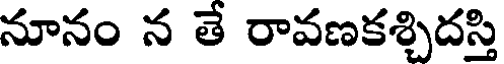
నూనం న తే రావణకశ్చిదస్తి